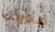
سأتزوجك